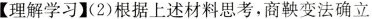
【理解学习】(2)根据上述材料思考，商鞅变法确立